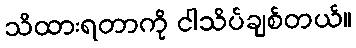
သိထားရတာကို ငါသိပ်ချစ်တယ်။